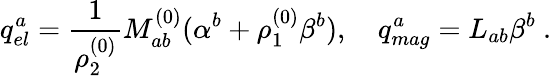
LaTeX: q_{el}^{a}={\frac{1}{\rho_{2}^{(0)}}}M_{ab}^{(0)}(\alpha^{b}+\rho_{1}^{(0)}\beta^{b}),\quad q_{mag}^{a}=L_{ab}\beta^{b}~.